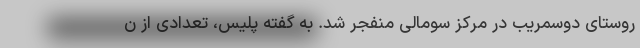
روستای دوسمریب در مرکز سومالی منفجر شد. به گفته پلیس، تعدادی از ن